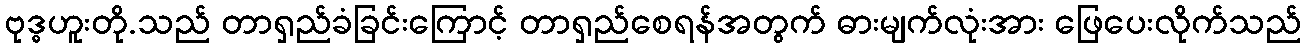
ဗုဒ္ဓဟူးတို.သည် တာရှည်ခံခြင်းကြောင့် တာရှည်စေရန်အတွက် ဓားမျက်လုံးအား ဖြေပေးလိုက်သည်